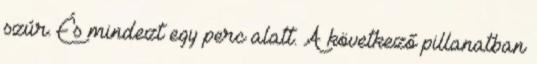
szúr. És mindezt egy perc alatt. A következő pillanatban